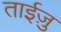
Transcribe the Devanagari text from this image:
ताईज़ु